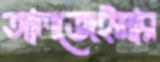
আলজেইমার